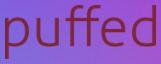
puffed